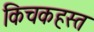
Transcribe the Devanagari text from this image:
किचकहस्त